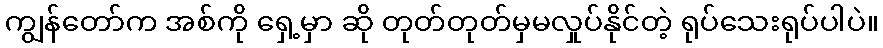
ကျွန်တော်က အစ်ကို ရှေ့မှာ ဆို တုတ်တုတ်မှမလှုပ်နိုင်တဲ့ ရုပ်သေးရုပ်ပါပဲ။